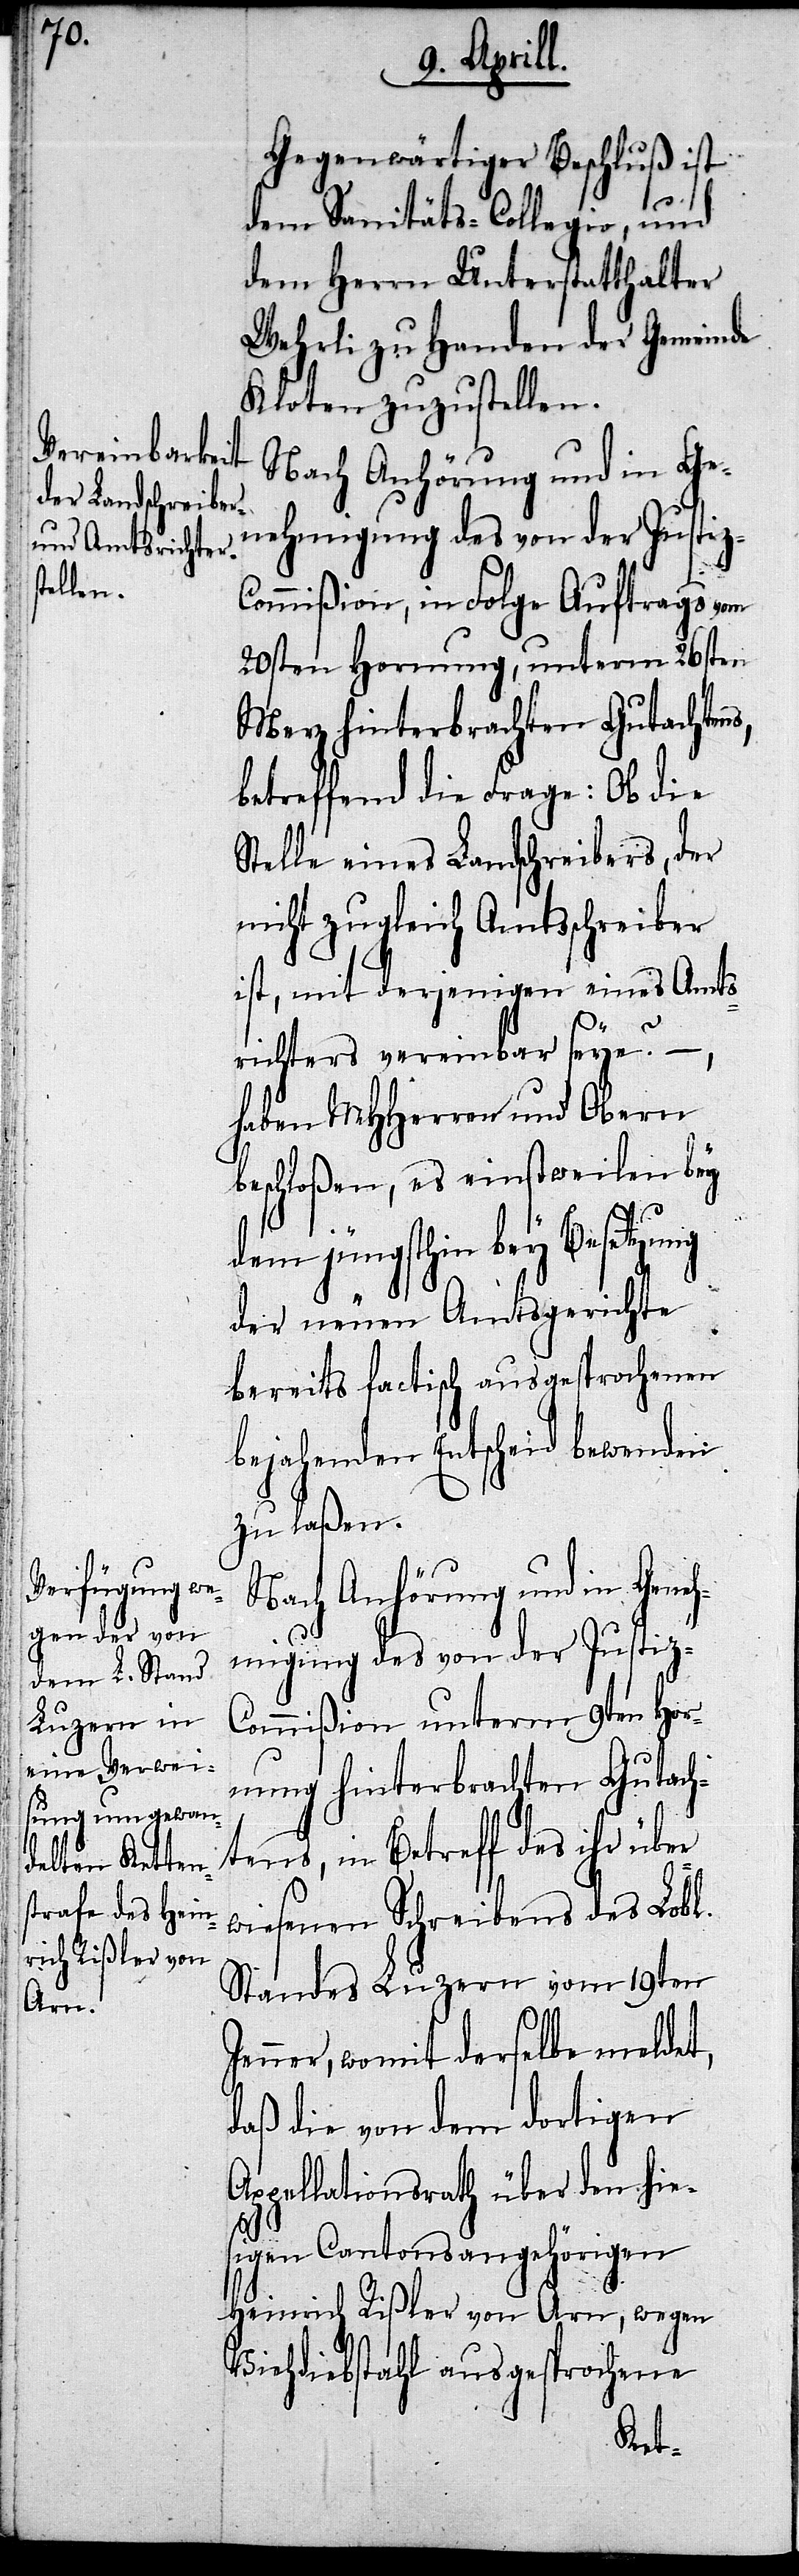
s,

Gegenwärtiger Beschluß ist
dem Sanitäts-Collegio, und
dem Herrn Unterstatthalter
Wehrli zu Handen der Gemeinde
Kloten zuzustellen.
Nach Anhörung und in Ge¬
nehmigung des von der Justi¬
ommißion, in Folge Auftrags vom
20sten Hornung, unterm 26sten
Merz hinterbrachten Gutachten¬
betreffend die Frage: Ob die
Stelle eines Landschreibers, der
nicht zugleich Amtsschreiber
ist, mit derjenigen eines Amts¬
richters vereinbar seye?
haben MHHerren und Obern
beschloßen, es einstweilen bey
dem jüngsthin bey Besetzung
der neuen Amtsgerichte
bereits factisch ausgesprochenen
bejahenden Entscheid bewenden
zu laßen.
Nach Anhörung und in Geneh¬
migung des von der Justiz-C¬
ommißion unterm 9ten Hor¬
nung hinterbrachten Gutach¬
tens, in Betreff des ihr über¬
wiesenen Schreibens des Lobl.
Standes Luzern vom 19ten
Jenner, womit derselbe meldet,
daß die von dem dortigen
Appellationsrath über den hie¬
sigen Cantonsangehörigen
Heinrich Rißler von Arn, wegen
Viehdiebstahl ausgesprochene